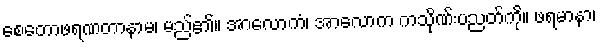
စေတောဖရဏတာနာမ၊ မည်၏။ အာလောကံ၊ အာလောက ကသိုဏ်းပညတ်ကို။ ဖရမာနာ၊